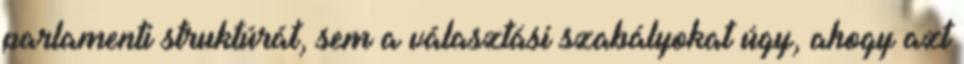
parlamenti struktúrát, sem a választási szabályokat úgy, ahogy azt